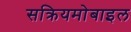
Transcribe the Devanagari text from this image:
सक्रियमोबाइल